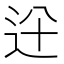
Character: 𨑷